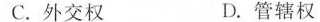
C.外交权 D.管辖权